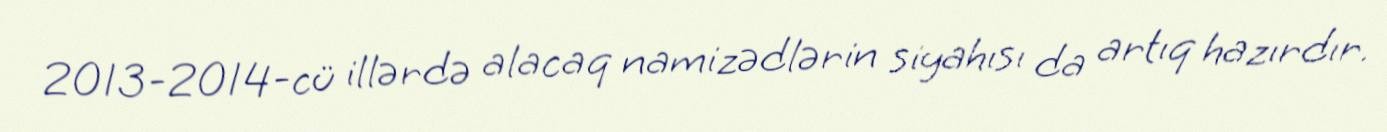
2013-2014-cü illərdə alacaq namizədlərin siyahısı da artıq hazırdır.